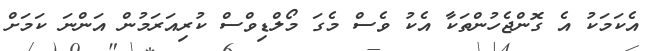
އެކަމަކު އެ ގޮންޖެހުންތަކާ އެކު ވެސް މެގަ މޯލްޑިވްސް ކުރިއަރަމުން އަންނަ ކަމަށް